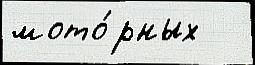
мото́рных